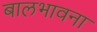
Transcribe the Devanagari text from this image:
बालभावना